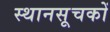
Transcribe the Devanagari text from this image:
स्थानसूचकों